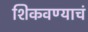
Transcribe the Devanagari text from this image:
शिकवण्याचं